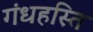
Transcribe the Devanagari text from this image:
गंधहस्ति